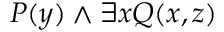
P ( y ) \land \exists x Q ( x , z )